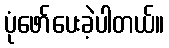
ပုံဖော်ပေးခဲ့ပါတယ်။